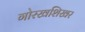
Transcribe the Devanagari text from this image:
गोरखशिखर